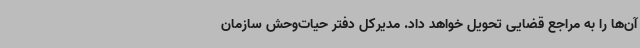
آن‌ها را به مراجع قضایی تحویل خواهد داد. مدیرکل دفتر حیات‌وحش سازمان